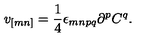
v _ { [ m n ] } = \frac { 1 } { 4 } \epsilon _ { m n p q } \partial ^ { p } C ^ { q } .